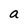
Character: a